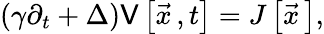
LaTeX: \left(\gamma\partial_{t}+\Delta\right)\mathsf{V}\left[\vec{{x}}{\, },t\right]=J\left[{\vec{{x}}}{\, }\right],